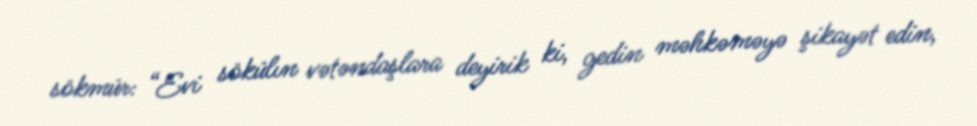
sökmür: “Evi sökülın vətəndaşlara deyirik ki, gedin məhkəməyə şikayət edin,